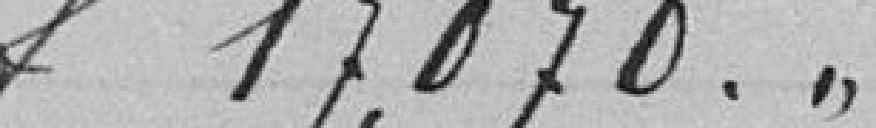
francs 17.070